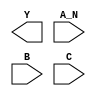
/**
 * Copyright 2020 The SkyWater PDK Authors
 *
 * Licensed under the Apache License, Version 2.0 (the "License");
 * you may not use this file except in compliance with the License.
 * You may obtain a copy of the License at
 *
 *     https://www.apache.org/licenses/LICENSE-2.0
 *
 * Unless required by applicable law or agreed to in writing, software
 * distributed under the License is distributed on an "AS IS" BASIS,
 * WITHOUT WARRANTIES OR CONDITIONS OF ANY KIND, either express or implied.
 * See the License for the specific language governing permissions and
 * limitations under the License.
 *
 * SPDX-License-Identifier: Apache-2.0
 */

`ifndef SKY130_FD_SC_HS__NAND3B_BLACKBOX_V
`define SKY130_FD_SC_HS__NAND3B_BLACKBOX_V

/**
 * nand3b: 3-input NAND, first input inverted.
 *
 * Verilog stub definition (black box without power pins).
 *
 * WARNING: This file is autogenerated, do not modify directly!
 */

`timescale 1ns / 1ps
`default_nettype none

(* blackbox *)
module sky130_fd_sc_hs__nand3b (
    Y  ,
    A_N,
    B  ,
    C
);

    output Y  ;
    input  A_N;
    input  B  ;
    input  C  ;

    // Voltage supply signals
    supply1 VPWR;
    supply0 VGND;

endmodule

`default_nettype wire
`endif  // SKY130_FD_SC_HS__NAND3B_BLACKBOX_V